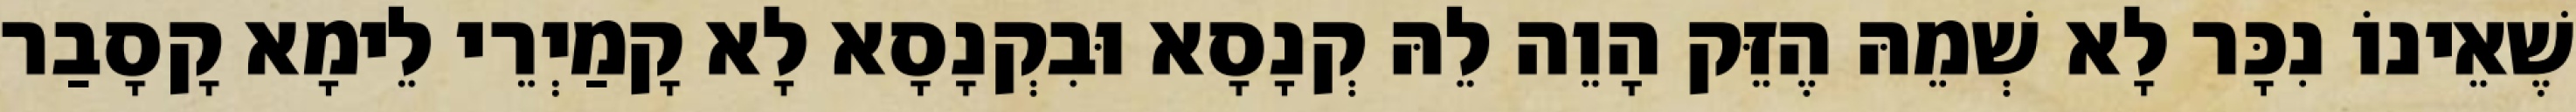
שֶׁאֵינוֹ נִכָּר לָא שְׁמֵהּ הֶזֵּק הָוֵה לֵהּ קְנָסָא וּבִקְנָסָא לָא קָמַיְרֵי לֵימָא קָסָבַר